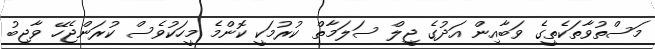
މަސްތުވާތަކެތީގެ ވަބާއިން އަދުގެ ޖީލް ސަލަމާތް ކުރުމަކީ ކޮންމެ މީހަކުވެސް ކުރަންޖެހޭ ވާޖިބު